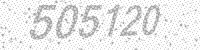
Solution: 505120